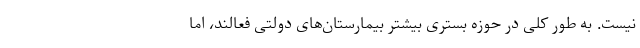
نیست. به طور کلی در حوزه بستری بیشتر بیمارستان‌های دولتی فعالند، اما